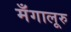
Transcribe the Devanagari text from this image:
मँगालूरु